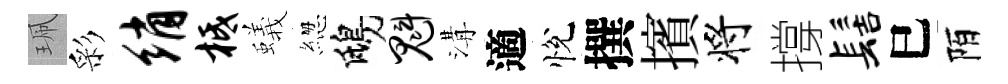
珮彩绡柢蟻緫鴟魁溝適悅撰擯将撐髻巳陌